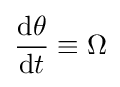
{\frac {\mathrm {d} \theta }{\mathrm {d} t}}\equiv \Omega